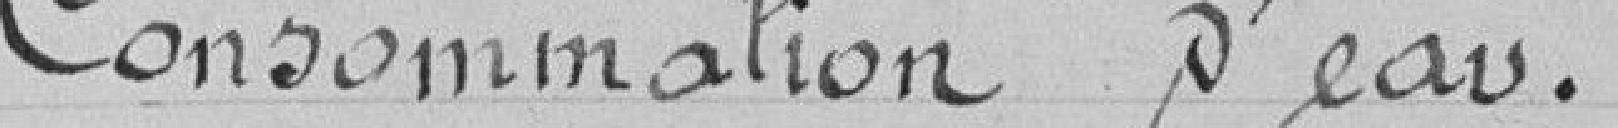
Consommation d'eau